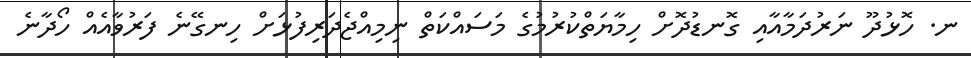
ނ. ހޮޅުދޫ ނަރުދަމާއާއި ގޮނޑުދޮށް ހިމާޔަތްކުރުމުގެ މަސައްކަތް ނިމިއްޖެދަރިފުޅަށް ހިނގޭނެ ފަރުވާއެއް ހޯދާނެ